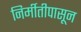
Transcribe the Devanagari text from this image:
निर्मीतीपासून